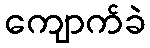
ကျောက်ခဲ